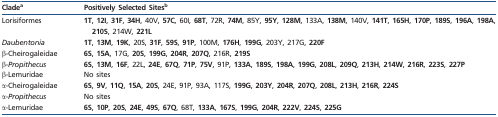
| Cladea | Positively Selected Sitesb |
 | --- | --- |
 | Lorisiformes | 1T, 12I, 31F, 34H, 40V, 57C, 60I, 68T, 72R, 74M, 85Y, 95Y, 128M, 133A, 138M, 140V, 141T, 165H, 170P, 189S, 196A, 198A, 210S, 214W, 221L |
 | Daubentonia | 1T, 13M, 19K, 20S, 31F, 59S, 91P, 100M, 176H, 199G, 203Y, 217G, 220F |
 | β-Cheirogaleidae | 6S, 15A, 17G, 20S, 199G, 204R, 207Q, 216R, 219S |
 | β-Propithecus | 6S, 13M, 16F, 22L, 24E, 67Q, 71P, 75V, 91P, 133A, 189S, 198A, 199G, 208L, 209Q, 213H, 214W, 216R, 223S, 227P |
 | β-Lemuridae | No sites |
 | α-Cheirogaleidae | 6S, 9V, 11Q, 15A, 20S, 24E, 91P, 93A, 117S, 199G, 203Y, 204R, 207Q, 208L, 213H, 216R, 224S |
 | α-Propithecus | No sites |
 | α-Lemuridae | 6S, 10P, 20S, 24E, 49S, 67Q, 68T, 133A, 167S, 199G, 204R, 222V, 224S, 225G |